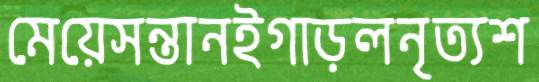
মেয়েসন্তানইগাড়লনৃত্যশ